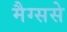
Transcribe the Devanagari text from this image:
मैग्ससे